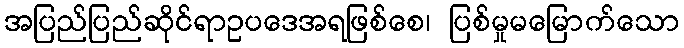
အပြည်ပြည်ဆိုင်ရာဥပဒေအရဖြစ်စေ၊ ပြစ်မှုမမြောက်သော